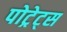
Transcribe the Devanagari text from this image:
पोट्रेट्स